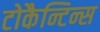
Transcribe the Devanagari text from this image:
टोकैन्टिन्स